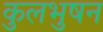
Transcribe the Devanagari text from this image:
कुलभुषन